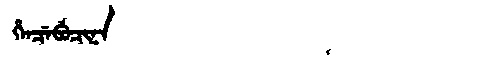
Manchu: ᡥᡝᠨᠴᡝᠪᡠᠴᡳᠨᠠ
Romanization: HENCEBUCINA